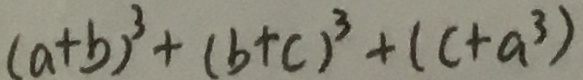
( a + b ) ^ { 3 } + ( b + c ) ^ { 3 } + ( c + a ^ { 3 } )